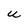
Character: u